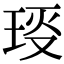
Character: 𤥙